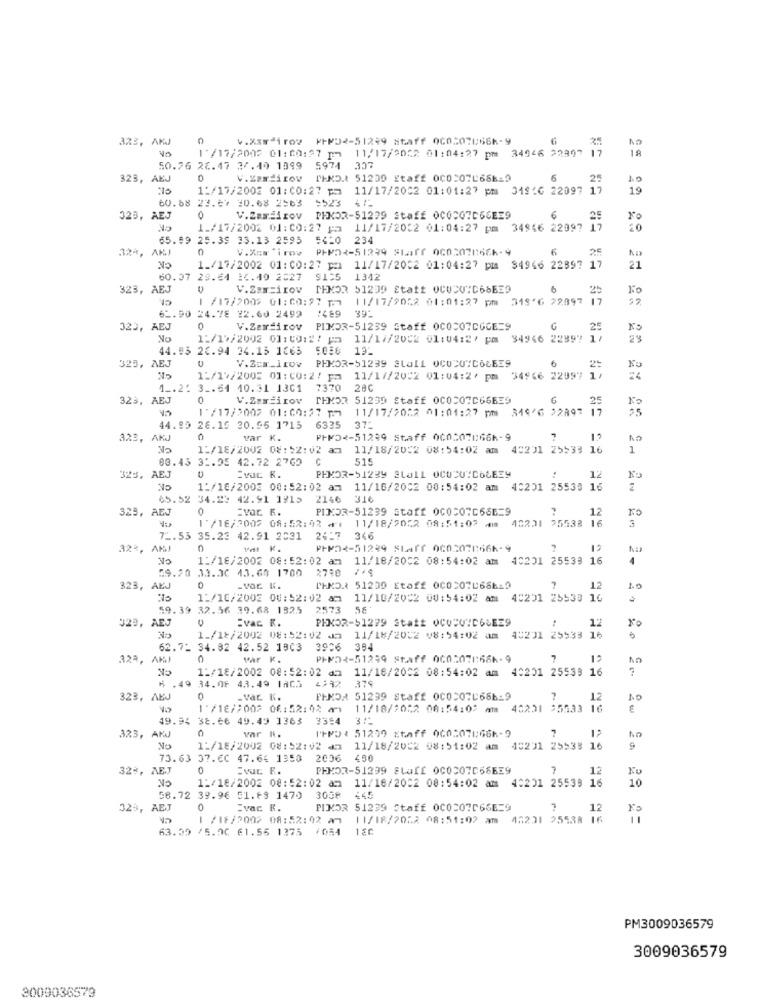
3%3, AKJ
0
4.X3⑈*1rov ⑈PN32-51299 8taff 0605078666-9
12
1 8
1 /17/2002 01: 00:27 pm 11/17/2052 01:04:27 pm 34946 22997
50.76 26.47 37.40 1399 5974 337
323, AEJ
0
V.Zerdizov PEND.1 51239 Staff 000:07L68619
6
25
1:/17/2002 01:00:27 pm 11/17/2002 01:01:27 pm 318:6 22097
19
60.88 23.67 20.68 2563 $523 47-
323, AEJ
0
V.Zamilov PHKOR-51299 Staff 0COCQ7C66E29
6
25
1_/17/2002 01: 00:27 pa 11/17/2032 01:04:27 pm 34946 22097
17
20
65.59 25.39 33.13 2595
5420 234
32ª, AKJ
V.X="irov PHP2+-51239 Staff 0c0207866k-9
25
AD
No
1./17/2002 01:00: 27 pm 11/17/2002 01:04:27 pm 34966 22897 17
21
60.37
4 1.40 2027 $155
1342
323, AEJ
V.Zam=irov
MEMOR 51239 Staff 0CUCU"C68BE9
6
1 /17/200> 01:00:27 17 11/17/2052 01:01:27 pm
/17/2009 01:00:27 1.7
11/17/9052 01:01:27 pm
3186 22097 17
:489
39:
61.90 24.78 22.60 2499
323,
AEJ
0
V.Zardirov
PIMDR-51239 Staff 0COCO7CGGE=9
G
25
No
1:/1%/2002 01: 00:27 pm 11/1//2002 01:04:2/ pm 34946 22897 ]
44.03 26.94 24.15 1665
5086 13-
325, AEJ
PHKOR-51239 Stal1 0C020"COLE39
6
2:
1:/17/2002 01:00:2/ pa 11/17/2002 01:04:2/ pm
1:/14/2005 01: 00:2/ p=
11/17/2002 01:04:2/ pm
34966 22997 1
1 _. 22 3 _. 54 40.31 1301 7370
28C
323, AEJ
0
V.Zarżirov
THMOR 51239 Staff 0COCOFC66E39
25
1'/17/2002 01:00:27 pm 11/17/2022 01:01:27 pm 344'6 22897
25
44.95 26.19 20.95 1715 6335
37-
323,
var K.
⑈FN02-51239 Staff 000507066-9
13
1:/18/2002 08:52:02 am
11/18/2002 08:54:02 am
42231
25533 16
1
80.43 31.05 42.72 2769
C
515
12
AEJ
..
Ku
1:/16/2002 00:52:02 am 11/16/2002 00:54:02 am 40201 25539 16
65.52
34.23 42.91 1915 2146 316
325, AEJ
0
=Var R.
PINOR-51239 Staff 0C0207666=9
12
1 /16/2002 08:52:02 +1 11/18/2052 08:51:02 am 40201 25538 16
3
72.53 35.23 42.91 2031
2417
346
32%, AMJ
PHD <- 51299 Staff 0c0207666-9
?
1:/18/2002 08:52:02 am 11/18/2032 08:54:02 am 40201
25533 16
4
59.20 33.30 43.69 1700
2790
323, AEJ
0
TENDA 51200 Etaff 00050766619
12
10
1:/16/2002 00:52:02 am
11/10/2002 00:54:02 am
40201 25538 16
59.39 32.56 29.68 1325
2573 58
AEJ
Evac K.
PEKOR-51279 Statt OCODVID6LEE9
12
1./18/2002 08:52:02 02 11/18/2002 08:54:02 am 40271 25533 16
62.71 34.82 42.52 1803 3906
384
323, AKJ
0
var K.
PHMDR-51299 Staff 060:078:66k-9
7
11/18/2002 08:52:02 am 11/18/2002 08:54:02 am 43201 25539 16
6 .49 34.06 43.49 1805
4992 379
323, AEJ
0
.var. K.
FINOA 51299 Staff 0COCO7686-9
?
12
1 /18/:002 06: 52:02 mm)
11/18/2022 08:54:00 am 40201 95533 16
:5533
49.94 38.66 49.49 1363 3354 37
var N.
I+D: 51299 staff 000507U66-9
7
323, AKJ
1:/18/2002 08:52:02 d2
11/18/2002 08:51:02 am 40231 25538 16
73.63 37.6C 47.64 1350 2006
450
32%, AEJ
0
PHKOR-51299 SLI 0037669
7
12
11/18/2002 08:54:02 am 40201 25539 16
10
1:/18/2002 08:52:02 am
58.72 39.96 51.69 1470
3058
323, AEJ
Evac K.
FIXOR 51239 Staff 0C0207066E=9
12
/18/2002 08:52:02 am
11/18/2052 08:51:02 am 47231 25538 16
63.55 /5.00 61.55 1375 /054 120
PM3009036579
3009036579
3009036579